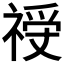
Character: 𱵝